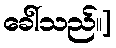
ခေါ်သည်။]